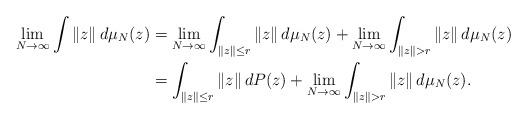
LaTeX: \begin{align*}\lim_{N\to\infty} \int \|z\|\, d\mu_N(z) &= \lim_{N\to\infty} \int_{\|z\|\leq r} \|z\|\, d\mu_N(z) +\lim_{N\to\infty} \int_{\|z\|> r} \|z\|\, d\mu_N(z)\\& = \int_{\|z\|\leq r} \|z\|\, dP(z) + \lim_{N\to\infty} \int_{\|z\|> r} \|z\|\, d\mu_N(z).\end{align*}